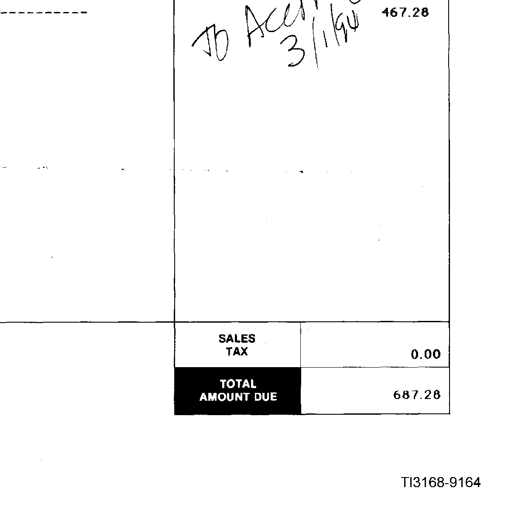
To Acct 3/1/94 467.28
SALES TAX 0.00
TOTAL AMOUNT DUE 687.28
TI3168-9164